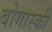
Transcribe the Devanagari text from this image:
बोगास्की